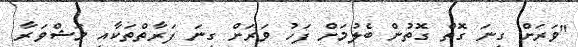
"ވަރަށް ގިނަ ގޮތް ގޮތުން ބެލުމަށް ފަހު ވަރަށް ގިނަ ފަރާތްތަކާއި މަޝްވަރާ